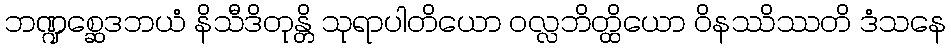
ဘဏ္ဍစ္ဆေဒဘယံ နိသီဒိတုန္တိ သုရာပါတိယော ဝလ္လဘိတ္ထိယော ဝိနဿိဿတိ ဒံသနေ